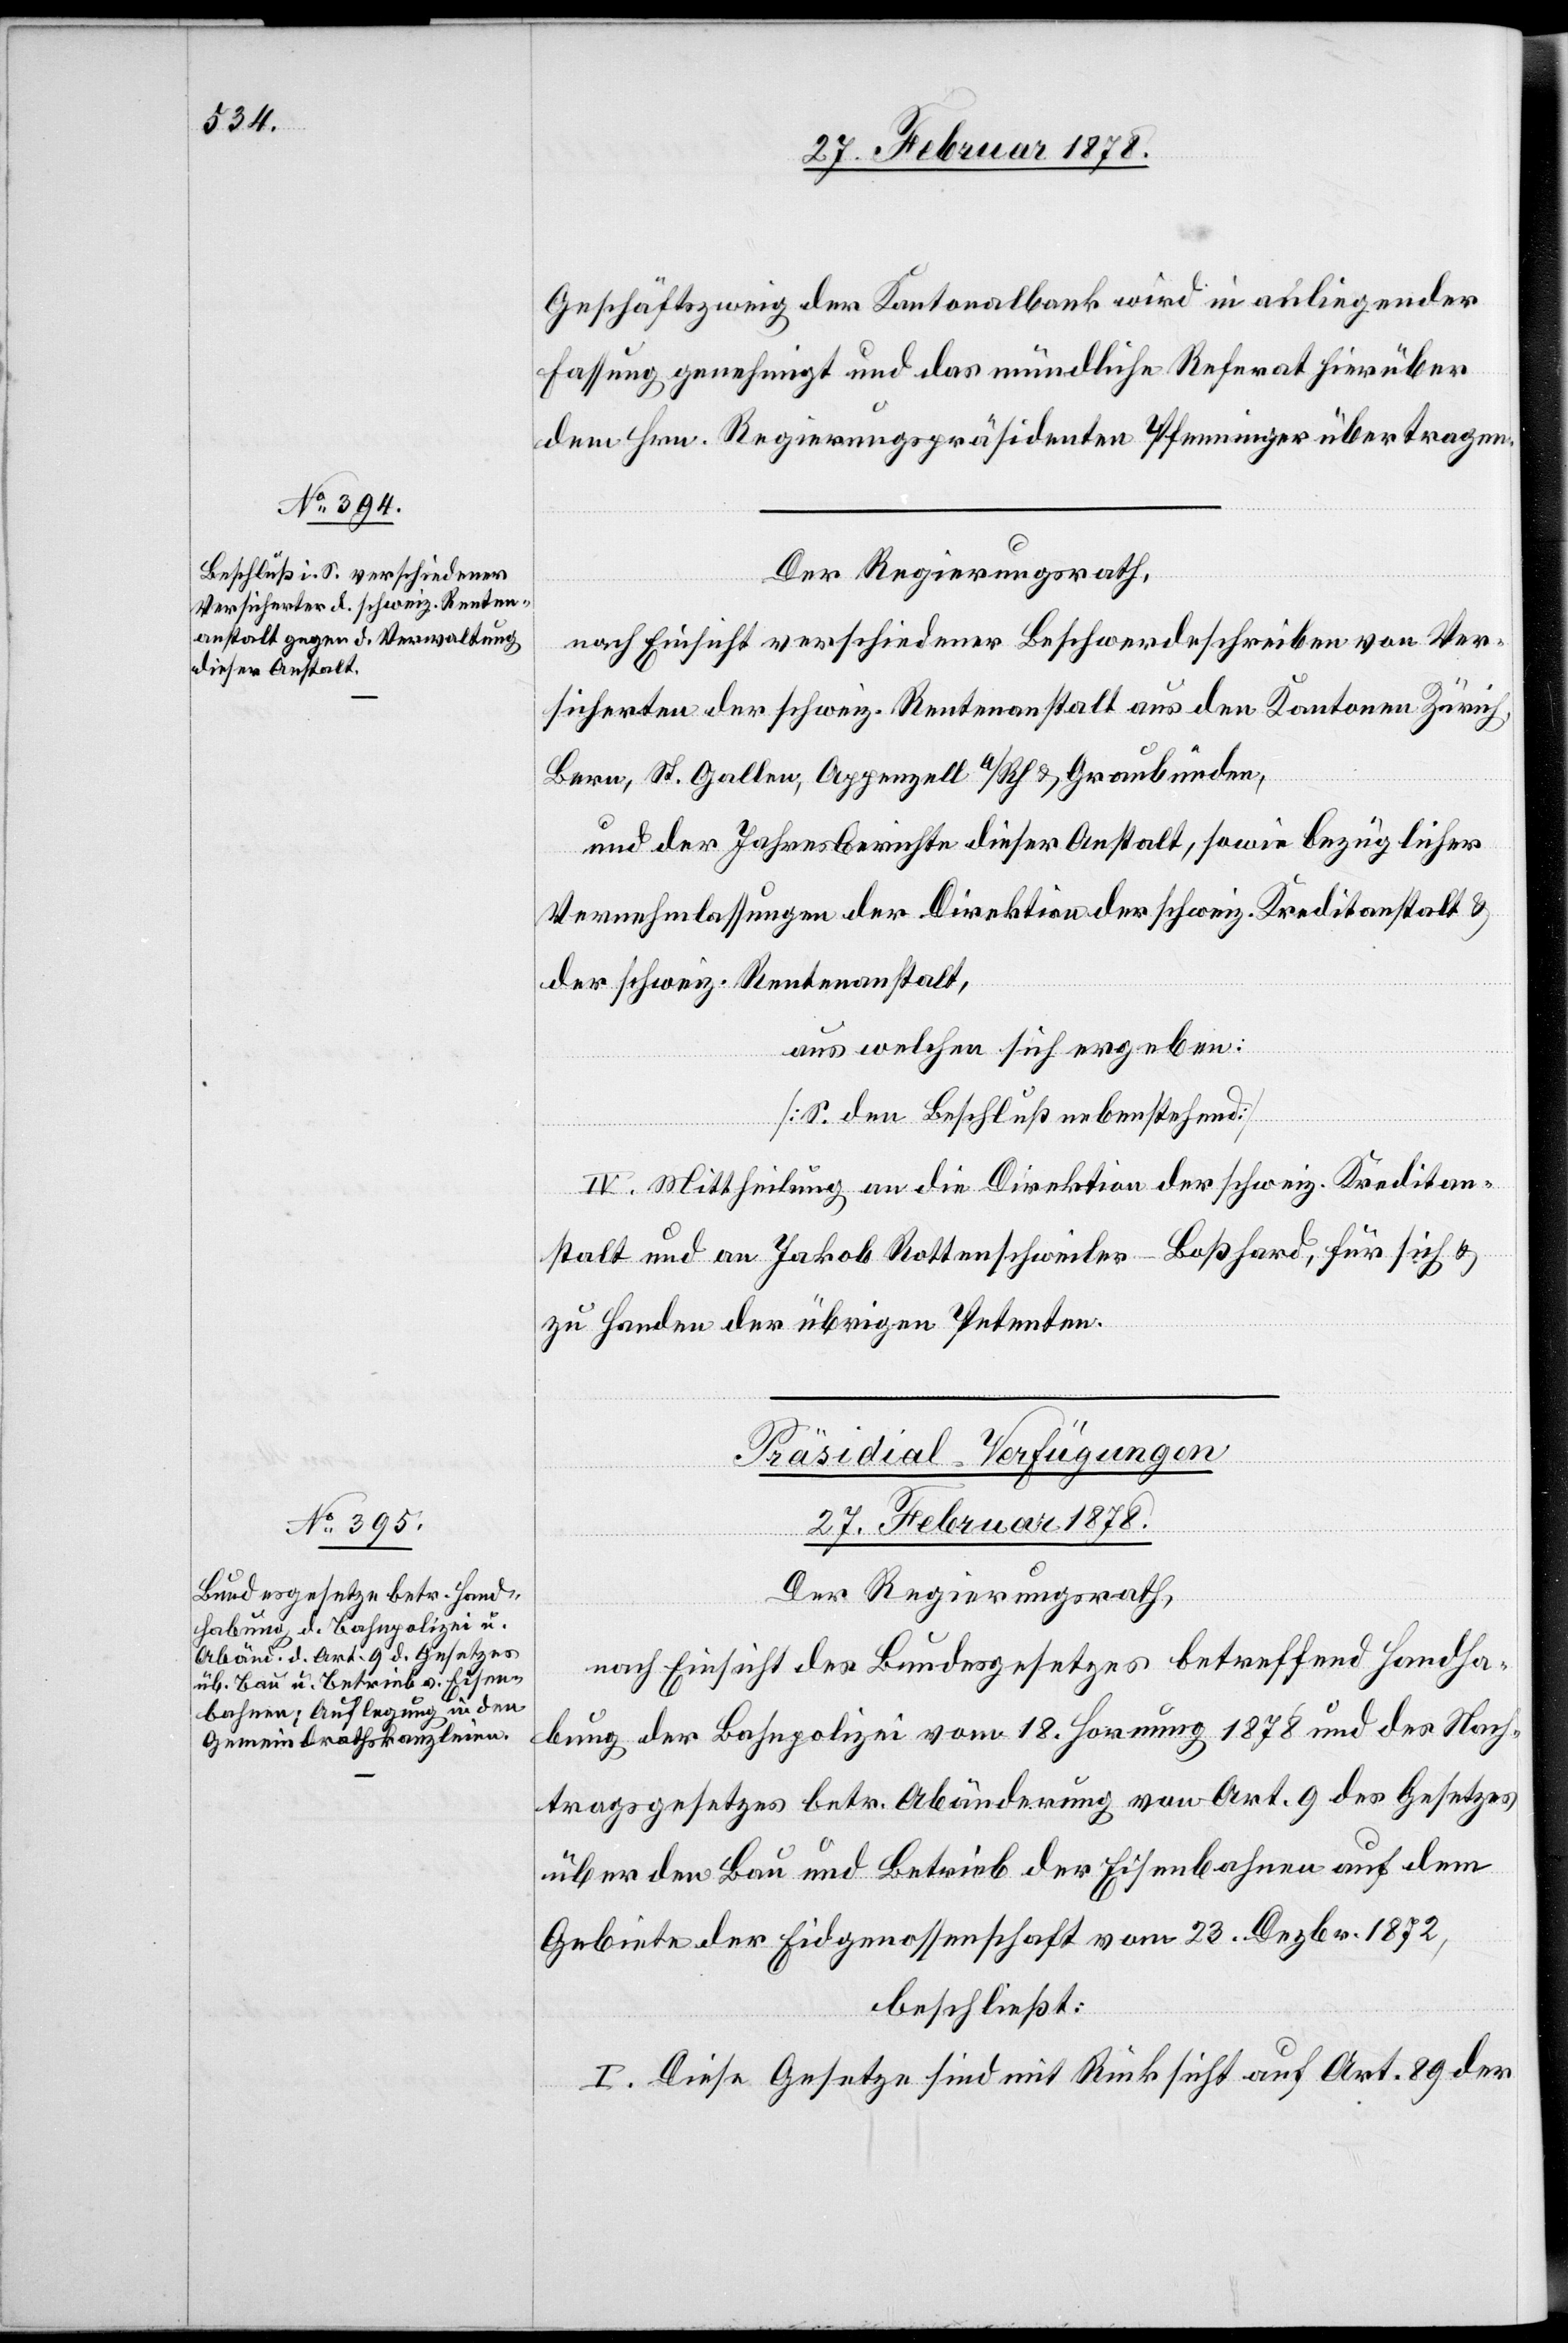
Geschäftszweig der Kantonalbank wird in anliegender
Fassung genehmigt und das mündliche Referat hierüber
dem Hrn. Regierungspräsidenten Pfenninger übertragen.
Der Regierungsrath,
sicherten der schweiz. Rentenanstalt aus den Kantonen Zürich,
Bern, St. Gallen, Appenzell a/Rh & Graubünden,
und der Jahresberichte dieser Anstalt, sowie bezüglicher
Vernehmlassungen der Direktion der schweiz. Kreditanstalt &
der schweiz. Rentenanstalt,
aus welchen sich ergeben:
[S. den Beschluß nebenstehend]
IV. Mittheilung an die Direktion der schweiz. Kreditan¬
stalt und an Jakob Rottenschweiler-Boßhard, für sich &
zu Handen der übrigen Petenten.
Präsidial-Verfügungen
27. Februar 1878.
Ver¬
Der Regierungsrath,
nach Einsicht des Bundesgesetzes betreffend Handha¬
bung der Bahnpolizei vom 18. Hornung 1878 und des Nach¬
tragsgesetzes betr. Abänderung von Art. 9 des Gesetzes
über den Bau und Betrieb der Eisenbahnen auf dem
Gebiete der Eidgenossenschaft vom 23. Dezbr. 1872,
beschließt:
I. Diese Gesetze sind mit Rücksicht auf Art 89 der